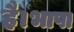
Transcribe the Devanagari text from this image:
है।भाषा